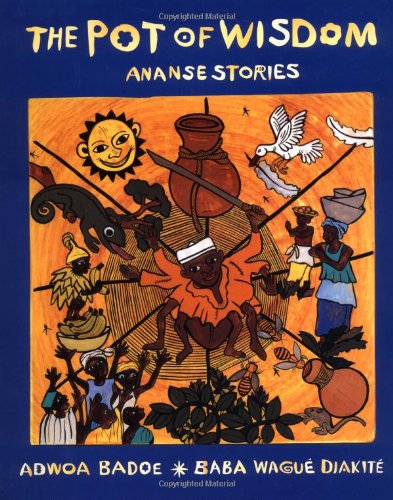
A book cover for The Pot of Wisdom: Ananse Stories; Adwoa Badoe; Children's Books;